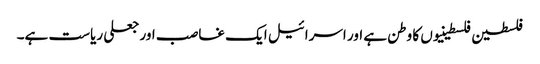
فلسطین فلسطینیوں کا وطن ہے اور اسرائیل ایک غاصب اور جعلی ریاست ہے۔